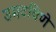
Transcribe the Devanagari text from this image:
उमटविणे